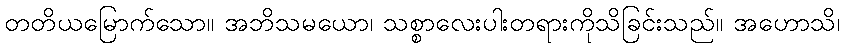
တတိယမြောက်သော။ အဘိသမယော၊ သစ္စာလေးပါးတရားကိုသိခြင်းသည်။ အဟောသိ၊